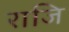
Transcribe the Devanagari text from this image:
राजि